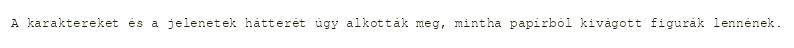
A karaktereket és a jelenetek hátterét úgy alkották meg, mintha papírból kivágott figurák lennének.